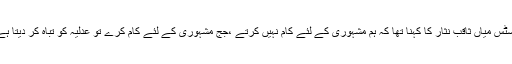
سپریم کورٹ میں میڈیا کمیشن کیس کی سماعت کے دوران چیف جسٹس آف پاکستان جسٹس میاں ثاقب نثار کا کہنا تھا کہ ہم مشہوری کے لئے کام نہیں کرتے ،جج مشہوری کے لئے کام کرے تو عدلیہ کو تباہ کر دیتا ہے،کھانے پینے کی چیزوں پر بھی ایکشن لیتے تھے توپنجاب حکومت اشتہار دیتی تھی۔